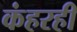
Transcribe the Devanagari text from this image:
कंहरही